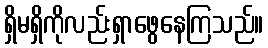
ရှိမရှိကိုလည်းရှာဖွေနေကြသည်။